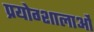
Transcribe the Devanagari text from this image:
प्रयोग्शालाओं